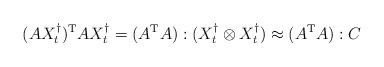
LaTeX: \begin{align*} (AX_t^\dagger)^{\rm T} A X_t^\dagger = (A^{\rm T}A) : (X_t^\dagger \otimes X_t^\dagger) \approx (A^{\rm T}A):C\end{align*}